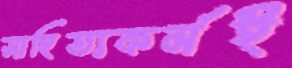
সাহিত্যকর্মই